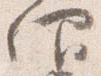
仰